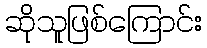
ဆိုသူဖြစ်ကြောင်း